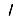
Digit: 1